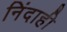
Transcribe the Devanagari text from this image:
निंदाही